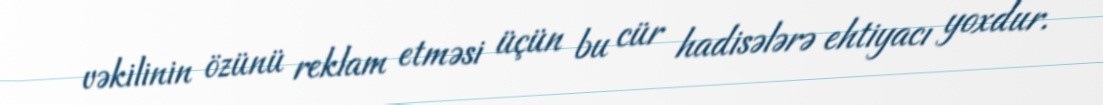
vəkilinin özünü reklam etməsi üçün bu cür hadisələrə ehtiyacı yoxdur.